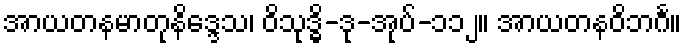
အာယတနမာတုနိဒ္ဒေသ၊ ဝိသုဒ္ဓိ-ဒု-အုပ်-၁၁၂။ အာယတနဝိဘင်္ဂ။